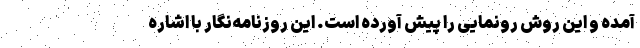
آمده و این روش رونمایی را پیش آورده است. این روزنامه‌نگار با اشاره